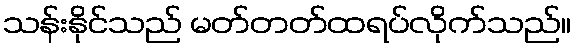
သန်းနိုင်သည် မတ်တတ်ထရပ်လိုက်သည်။